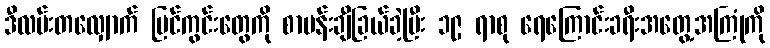
ဒီလမ်းတလျှောက် မြင်ကွင်းတွေကို စာပန်းချီခြယ်ခဲ့ပြီး ၁၉ ရာစု ရေကြောင်းခရီးအတွေ့အကြုံကို